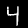
Label: 4